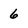
Character: 6